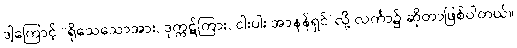
ဒါ့ကြောင့် “ရိုသေသောအား, ဒုက္ကဋ်ကြား, ငါးပါး အာနန်ရှင်”လို့ လင်္ကာ၌ ဆိုတာဖြစ်ပါတယ်။